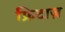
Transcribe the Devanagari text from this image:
फ्रिटाज़